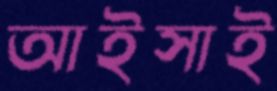
আইসাই